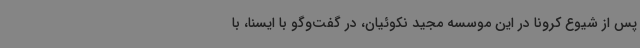
پس از شیوع کرونا در این موسسه مجید نکوئیان، در گفت‌وگو با ایسنا، با